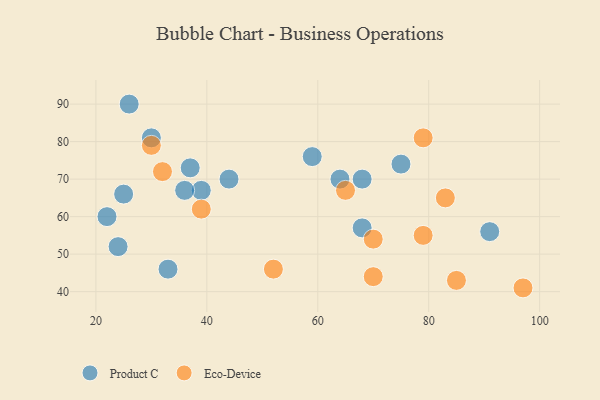
{"axis": {"x": "GDP", "y": "Life Expectancy"}, "legend": ["Eco-Device", "Product C"], "data": [{"x": "33", "y": 46, "type": "Product C"}, {"x": "39", "y": 67, "type": "Product C"}, {"x": "75", "y": 74, "type": "Product C"}, {"x": "25", "y": 66, "type": "Product C"}, {"x": "44", "y": 70, "type": "Product C"}, {"x": "64", "y": 70, "type": "Product C"}, {"x": "59", "y": 76, "type": "Product C"}, {"x": "36", "y": 67, "type": "Product C"}, {"x": "91", "y": 56, "type": "Product C"}, {"x": "68", "y": 70, "type": "Product C"}, {"x": "68", "y": 57, "type": "Product C"}, {"x": "24", "y": 52, "type": "Product C"}, {"x": "37", "y": 73, "type": "Product C"}, {"x": "26", "y": 90, "type": "Product C"}, {"x": "30", "y": 81, "type": "Product C"}, {"x": "22", "y": 60, "type": "Product C"}, {"x": "79", "y": 55, "type": "Eco-Device"}, {"x": "65", "y": 67, "type": "Eco-Device"}, {"x": "39", "y": 62, "type": "Eco-Device"}, {"x": "97", "y": 41, "type": "Eco-Device"}, {"x": "85", "y": 43, "type": "Eco-Device"}, {"x": "79", "y": 81, "type": "Eco-Device"}, {"x": "70", "y": 54, "type": "Eco-Device"}, {"x": "30", "y": 79, "type": "Eco-Device"}, {"x": "32", "y": 72, "type": "Eco-Device"}, {"x": "52", "y": 46, "type": "Eco-Device"}, {"x": "83", "y": 65, "type": "Eco-Device"}, {"x": "70", "y": 44, "type": "Eco-Device"}]}